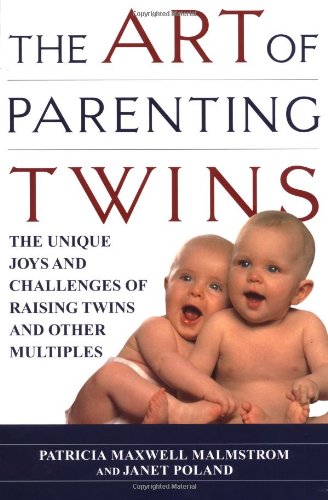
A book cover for The Art of Parenting Twins: The Unique Joys and Challenges of Raising Twins and Other Multiples; Patricia Malmstrom; Parenting & Relationships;